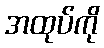
အထုပ်ကို